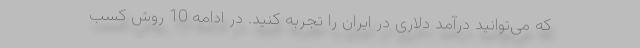
که می‌توانید درآمد دلاری در ایران را تجربه کنید. در ادامه 10 روش کسب